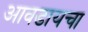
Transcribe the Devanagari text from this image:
आवडायचा